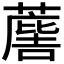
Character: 𮑯